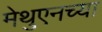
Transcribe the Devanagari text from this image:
मेथुएनच्या